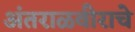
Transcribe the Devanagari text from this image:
अंतराळवीराचे